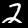
Digit: 2